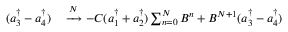
\begin{array} { r l } { ( a _ { 3 } ^ { \dagger } - a _ { 4 } ^ { \dagger } ) } & { { } \xrightarrow { N } - C ( a _ { 1 } ^ { \dagger } + a _ { 2 } ^ { \dagger } ) \sum _ { n = 0 } ^ { N } B ^ { n } + B ^ { N + 1 } ( a _ { 3 } ^ { \dagger } - a _ { 4 } ^ { \dagger } ) } \end{array}